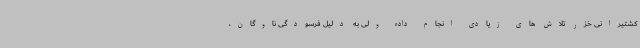
کشتیرانی خزر تلاش های زیادی انجام داده ولی به دلیل فرسودگی ناوگان،